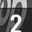
Digit: 2